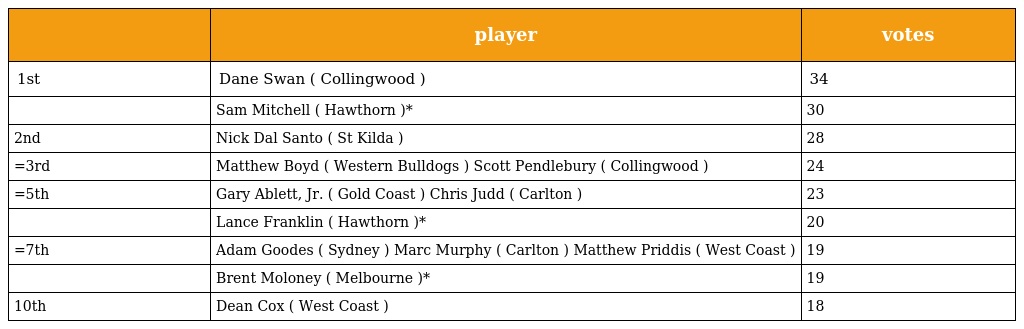
|  | player | votes |
 | --- | --- | --- |
 | 1st | Dane Swan ( Collingwood ) | 34 |
 |  | Sam Mitchell ( Hawthorn )* | 30 |
 | 2nd | Nick Dal Santo ( St Kilda ) | 28 |
 | =3rd | Matthew Boyd ( Western Bulldogs ) Scott Pendlebury ( Collingwood ) | 24 |
 | =5th | Gary Ablett, Jr. ( Gold Coast ) Chris Judd ( Carlton ) | 23 |
 |  | Lance Franklin ( Hawthorn )* | 20 |
 | =7th | Adam Goodes ( Sydney ) Marc Murphy ( Carlton ) Matthew Priddis ( West Coast ) | 19 |
 |  | Brent Moloney ( Melbourne )* | 19 |
 | 10th | Dean Cox ( West Coast ) | 18 |